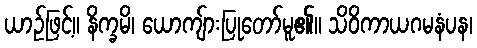
ယာဉ်ဖြင့်။ နိက္ခမိ၊ ယောကျ်ားပြုတော်မူ၏။ သိဝိကာယဂမနံပန၊